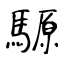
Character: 騵